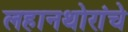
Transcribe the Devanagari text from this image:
लहानथोरांचे